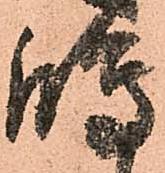
嶋